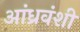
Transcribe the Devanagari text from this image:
आंध्रवंशी